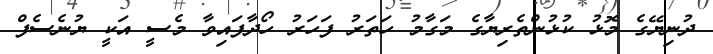
ދުނިޔޭގެ މޮޅު ކުޅުންތެރިޔާގެ މަގާމު ހަތަރު ފަހަރު ހޯދާފައިވާ މެސީ އަކީ ޔުނެސެފް